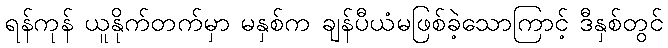
ရန်ကုန် ယူနိုက်တက်မှာ မနှစ်က ချန်ပီယံမဖြစ်ခဲ့သောကြာင့် ဒီနှစ်တွင်